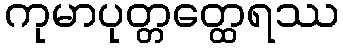
ကုမာပုတ္တတ္ထေရဿ